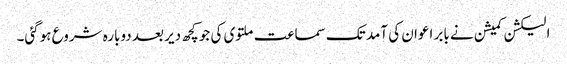
الیکشن کمیشن نے بابر اعوان کی آمد تک سماعت ملتوی کی جو کچھ دیر بعد دوبارہ شروع ہوگئی۔